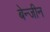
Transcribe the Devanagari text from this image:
बेन्जीन